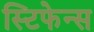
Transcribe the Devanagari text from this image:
स्टिफेन्स